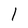
Character: 1